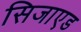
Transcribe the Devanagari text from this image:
सिजाएड